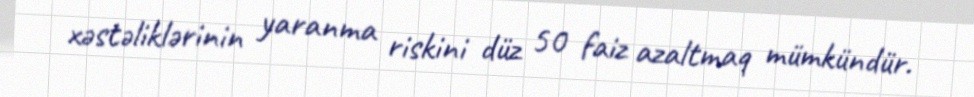
xəstəliklərinin yaranma riskini düz 50 faiz azaltmaq mümkündür.